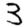
Digit: 3